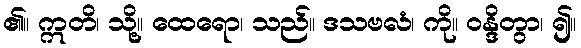
၏။ ဣတိ၊ သို့။ ထေရော၊ သည်။ ဒသဗလံ၊ ကို။ ဝန္ဒိတွာ၊ ၍။